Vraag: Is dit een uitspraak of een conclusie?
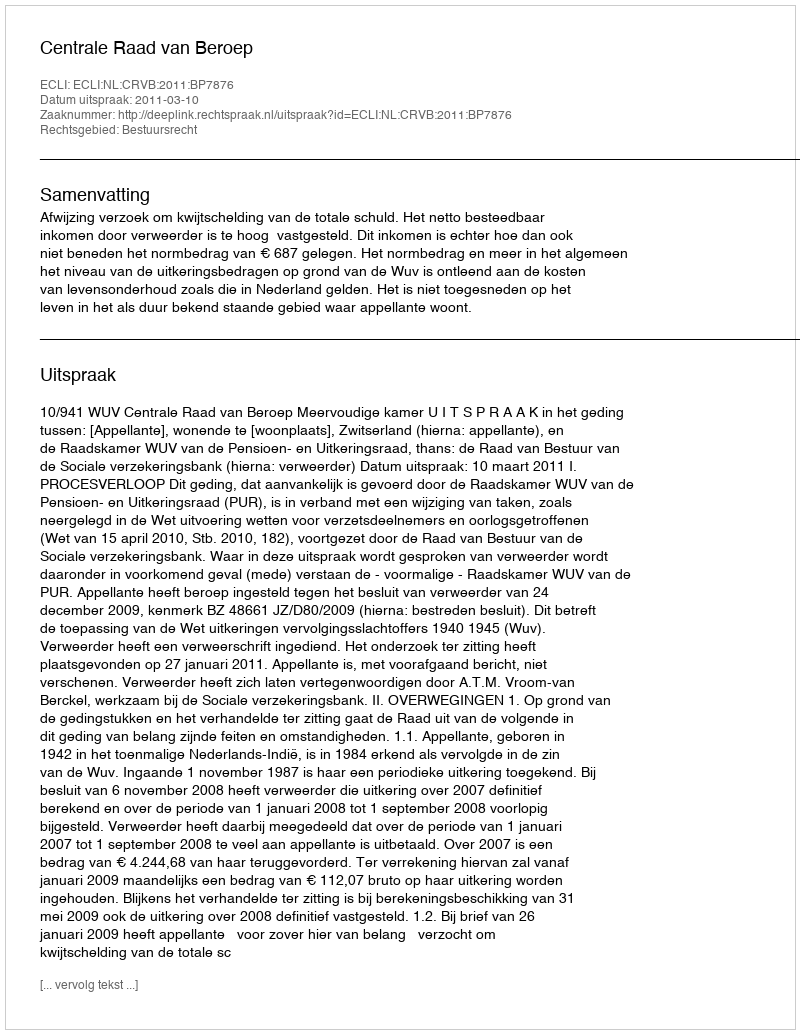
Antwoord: Uitspraak